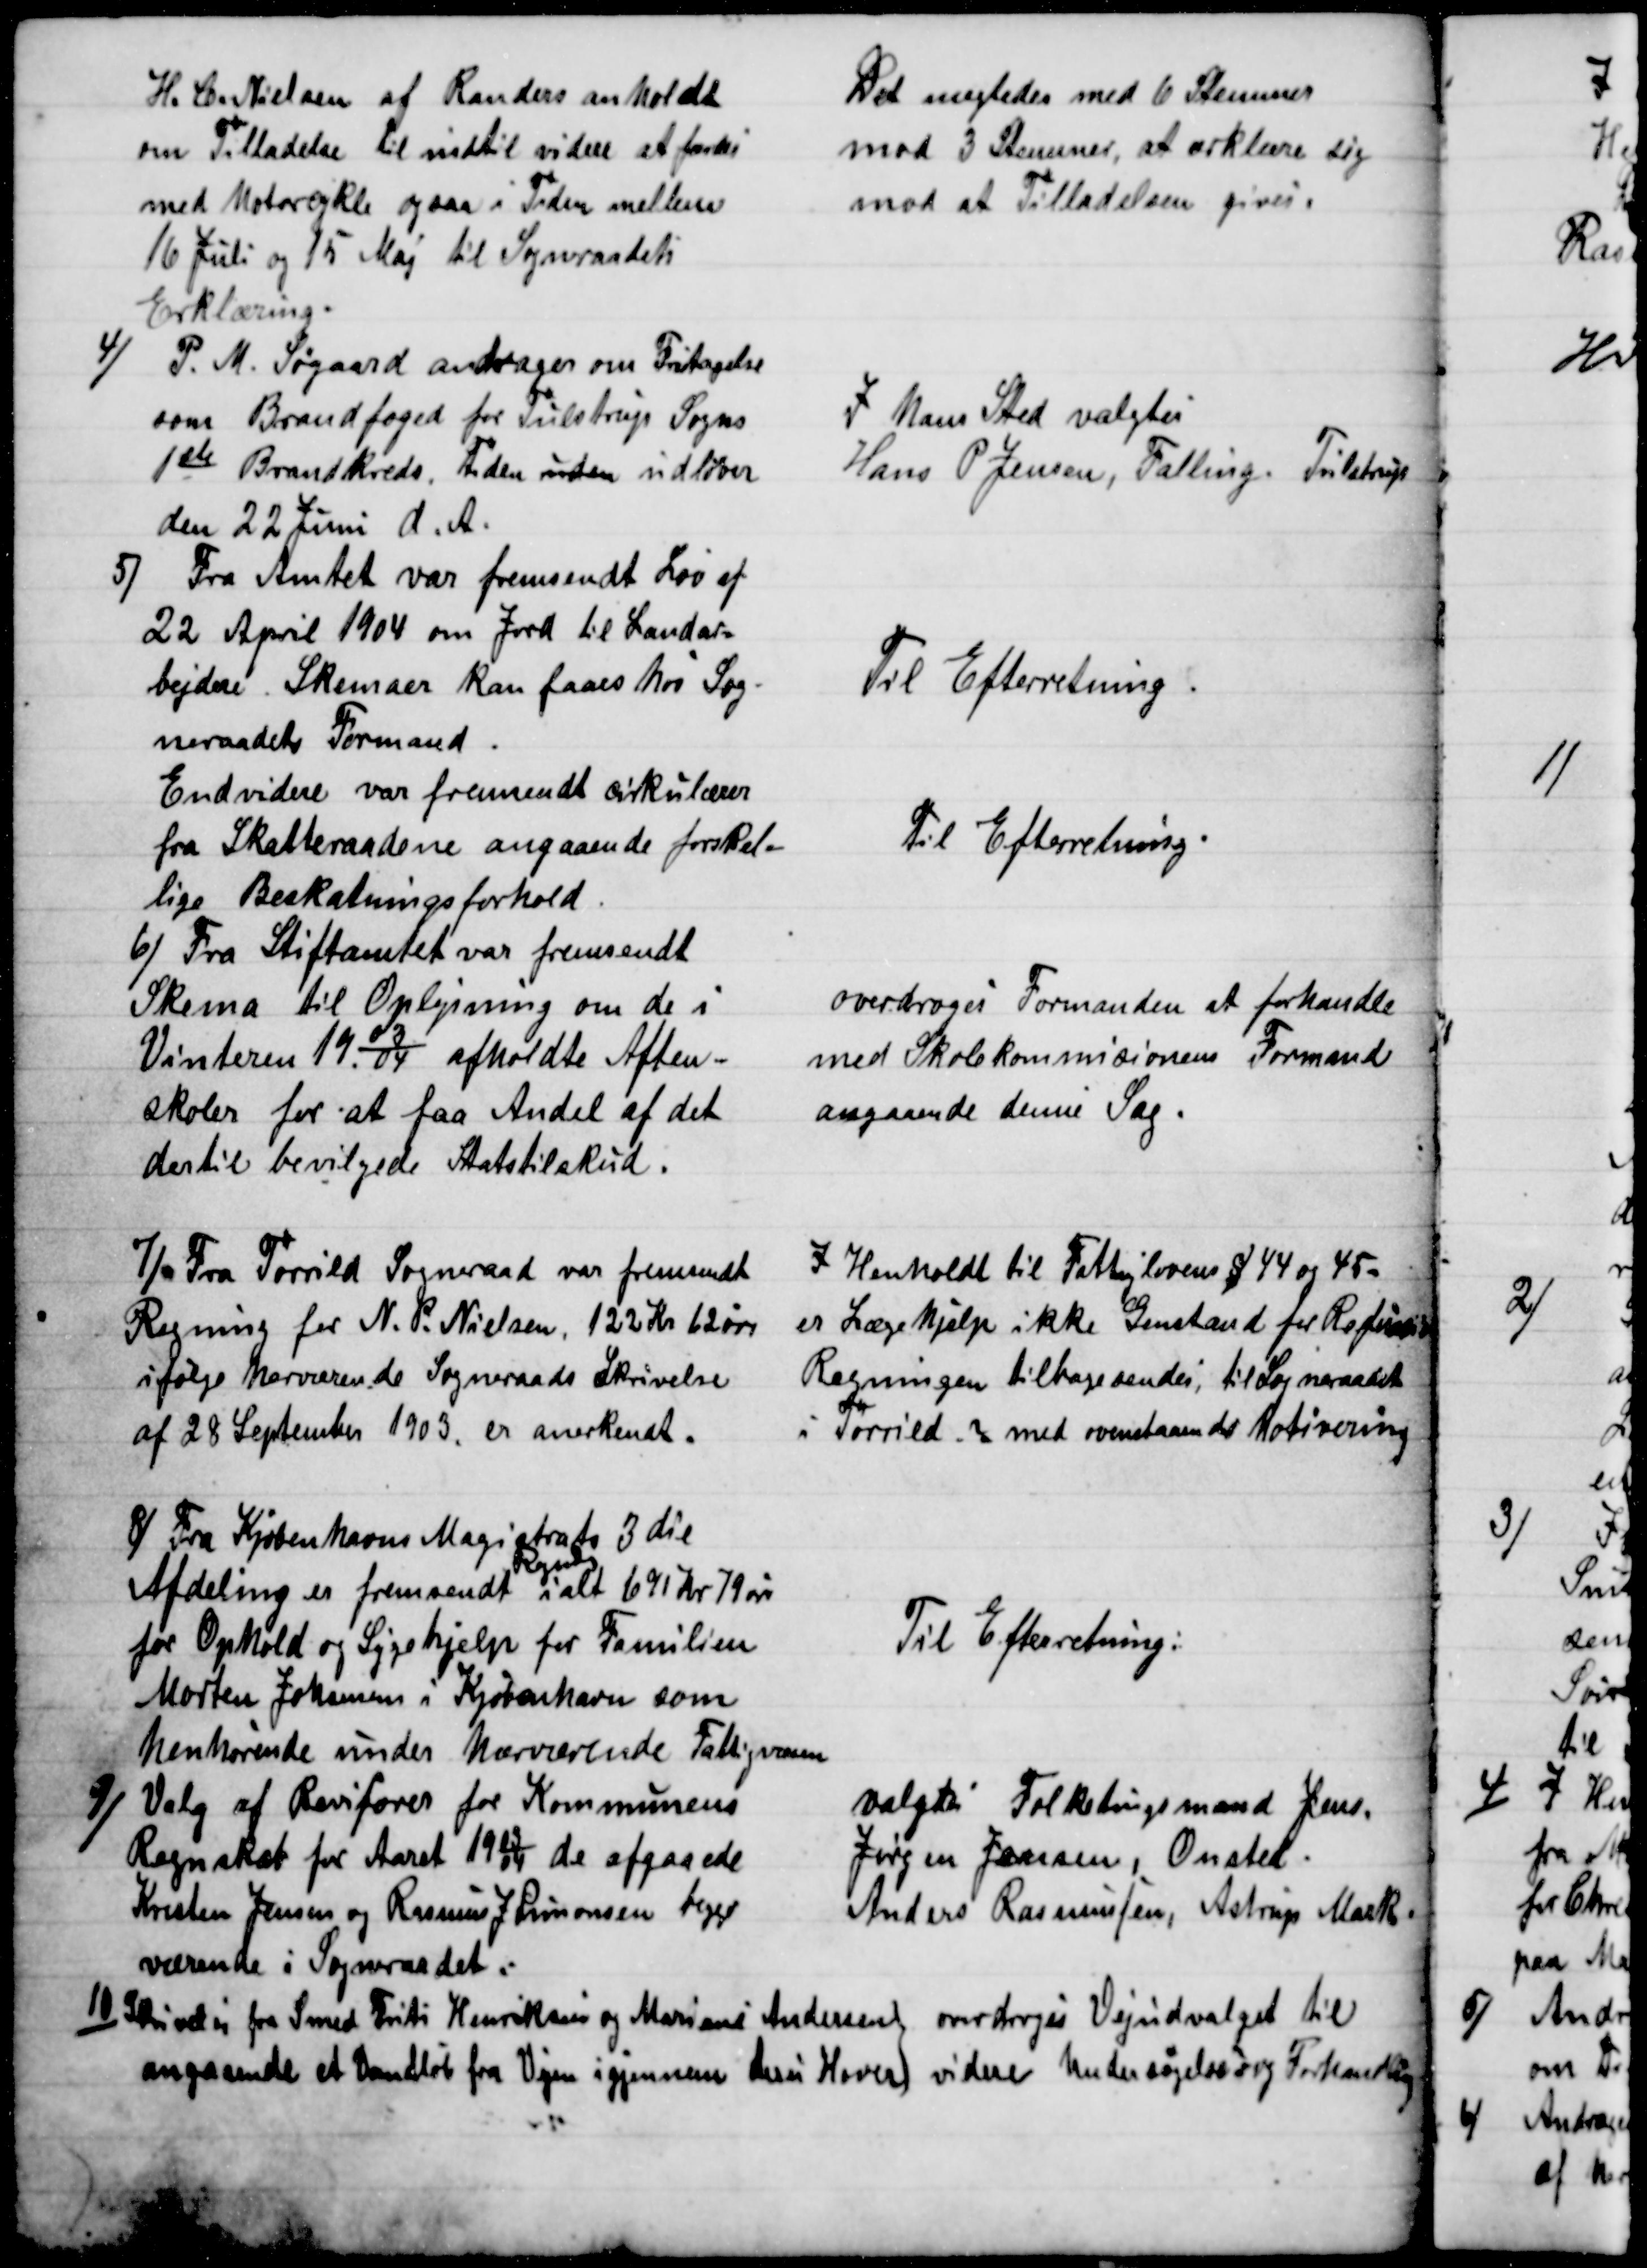
Transskription:
H. C. Nielsen af Randers anholdt
om Tilladelse til indtil videre at færdes
med Motorcykle ogsaa i Tiden mellem
16 Juli og 15 Maj til Sogneraadets
Erklæring.
Det nægtedes med 6 Stemmer
mod 3 Stemmer, at erklære sig
mod at Tilladelsen gives.
4)
P. M. Søgaard andrager om Fritagelse
som Brandfoged for Tulstrup Sogns
1ste Brandkreds. Tiden inden udløber
den 22 Juni d. A.
I hans Sted valgtes
Hans P. Jensen, Falling. Tulstrup
5)
Fra Amtet var fremsendt Lov af
22 April 1904 om Jord til Landar=
bejdere. Skemaer kan faaes hos Sog-
neraadets Formand.
Til Efterretning.
Endvidere var fremsendt cirkulærer
fra Skatteraadene angaaende forskel-
lige Beskatningsforhold.
Til Efterretning.
6) 
Fra Stiftamtet var fremsendt
Skema til Oplysning om de i
Vinteren 1903/04 afholdte Aften-
skoler for at faa Andel af det
dertil bevilgede Statstilskud.
overdroges Formanden at forhandle
med Skolekommisionens Formand
angaaende denne Sag.
7) 
Fra Torrild Sogneraad var fremsendt
Regning for N. P. Nielsen, 122 Kr 62 øre
ifølge herværende Sogneraads Skrivelse
af 28 September 1903, er anerkendt.
I Henholdt til Fattiglovens § 44 og 45 -
er Lægehjælp ikke Genstand for Refusion
Regningen tilbagesendes, til Sogneraadet
i Torrild. med ovenstaaende Motivering
8) 
Fra Kjøbenhavns Magistrats 3die
Afdeling er fremsendt 
Regn
ialt 691 Kr 79 øre
for Ophold og Sygehjelp for Familien
Morten Johansen i Kjøbenhavn som
henhørende under hærværende Fattigvæsen
Til Efterretning:
7) 
Valg af Revisorer for Kommunens
Regnskab for Aaret 1903/04 de afgaaede
Kresten Jensen og Rasmus J Simonsen begge
værende i Sogneraadet:
valgtes Folketingsmand Jens
Jørgen Jensen Onsted.
Anders Rasmussen, Astrup Mark
)10 
Skrivelse fra Smed Frits Henriksen og Mariane Andersen
angaaende et Vandløb fra Vejen igjennem deres Hover 
overdroges Vejudvalget til
videre Undersøgelse og Forhandling